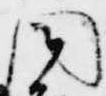
闍